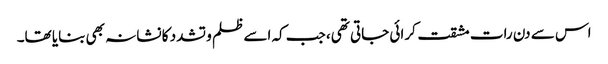
اس سے دن رات مشقت کرائی جاتی تھی، جب کہ اسے ظلم و تشدد کا نشانہ بھی بنایا تھا۔